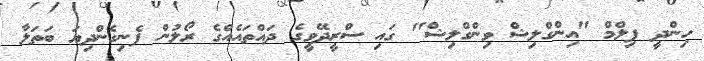
ހިންދީ ފިލްމް "އިންގްލިޝް ވިންގްލިޝް" ގައި ސްރީދޭވީގެ ދައްތައެއްގެ ރޯލުން ފެނިގެންދިޔަ ބަތަލާ